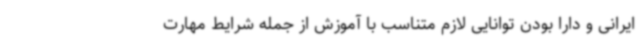
ایرانی و دارا بودن توانایی لازم متناسب با آموزش از جمله شرایط مهارت